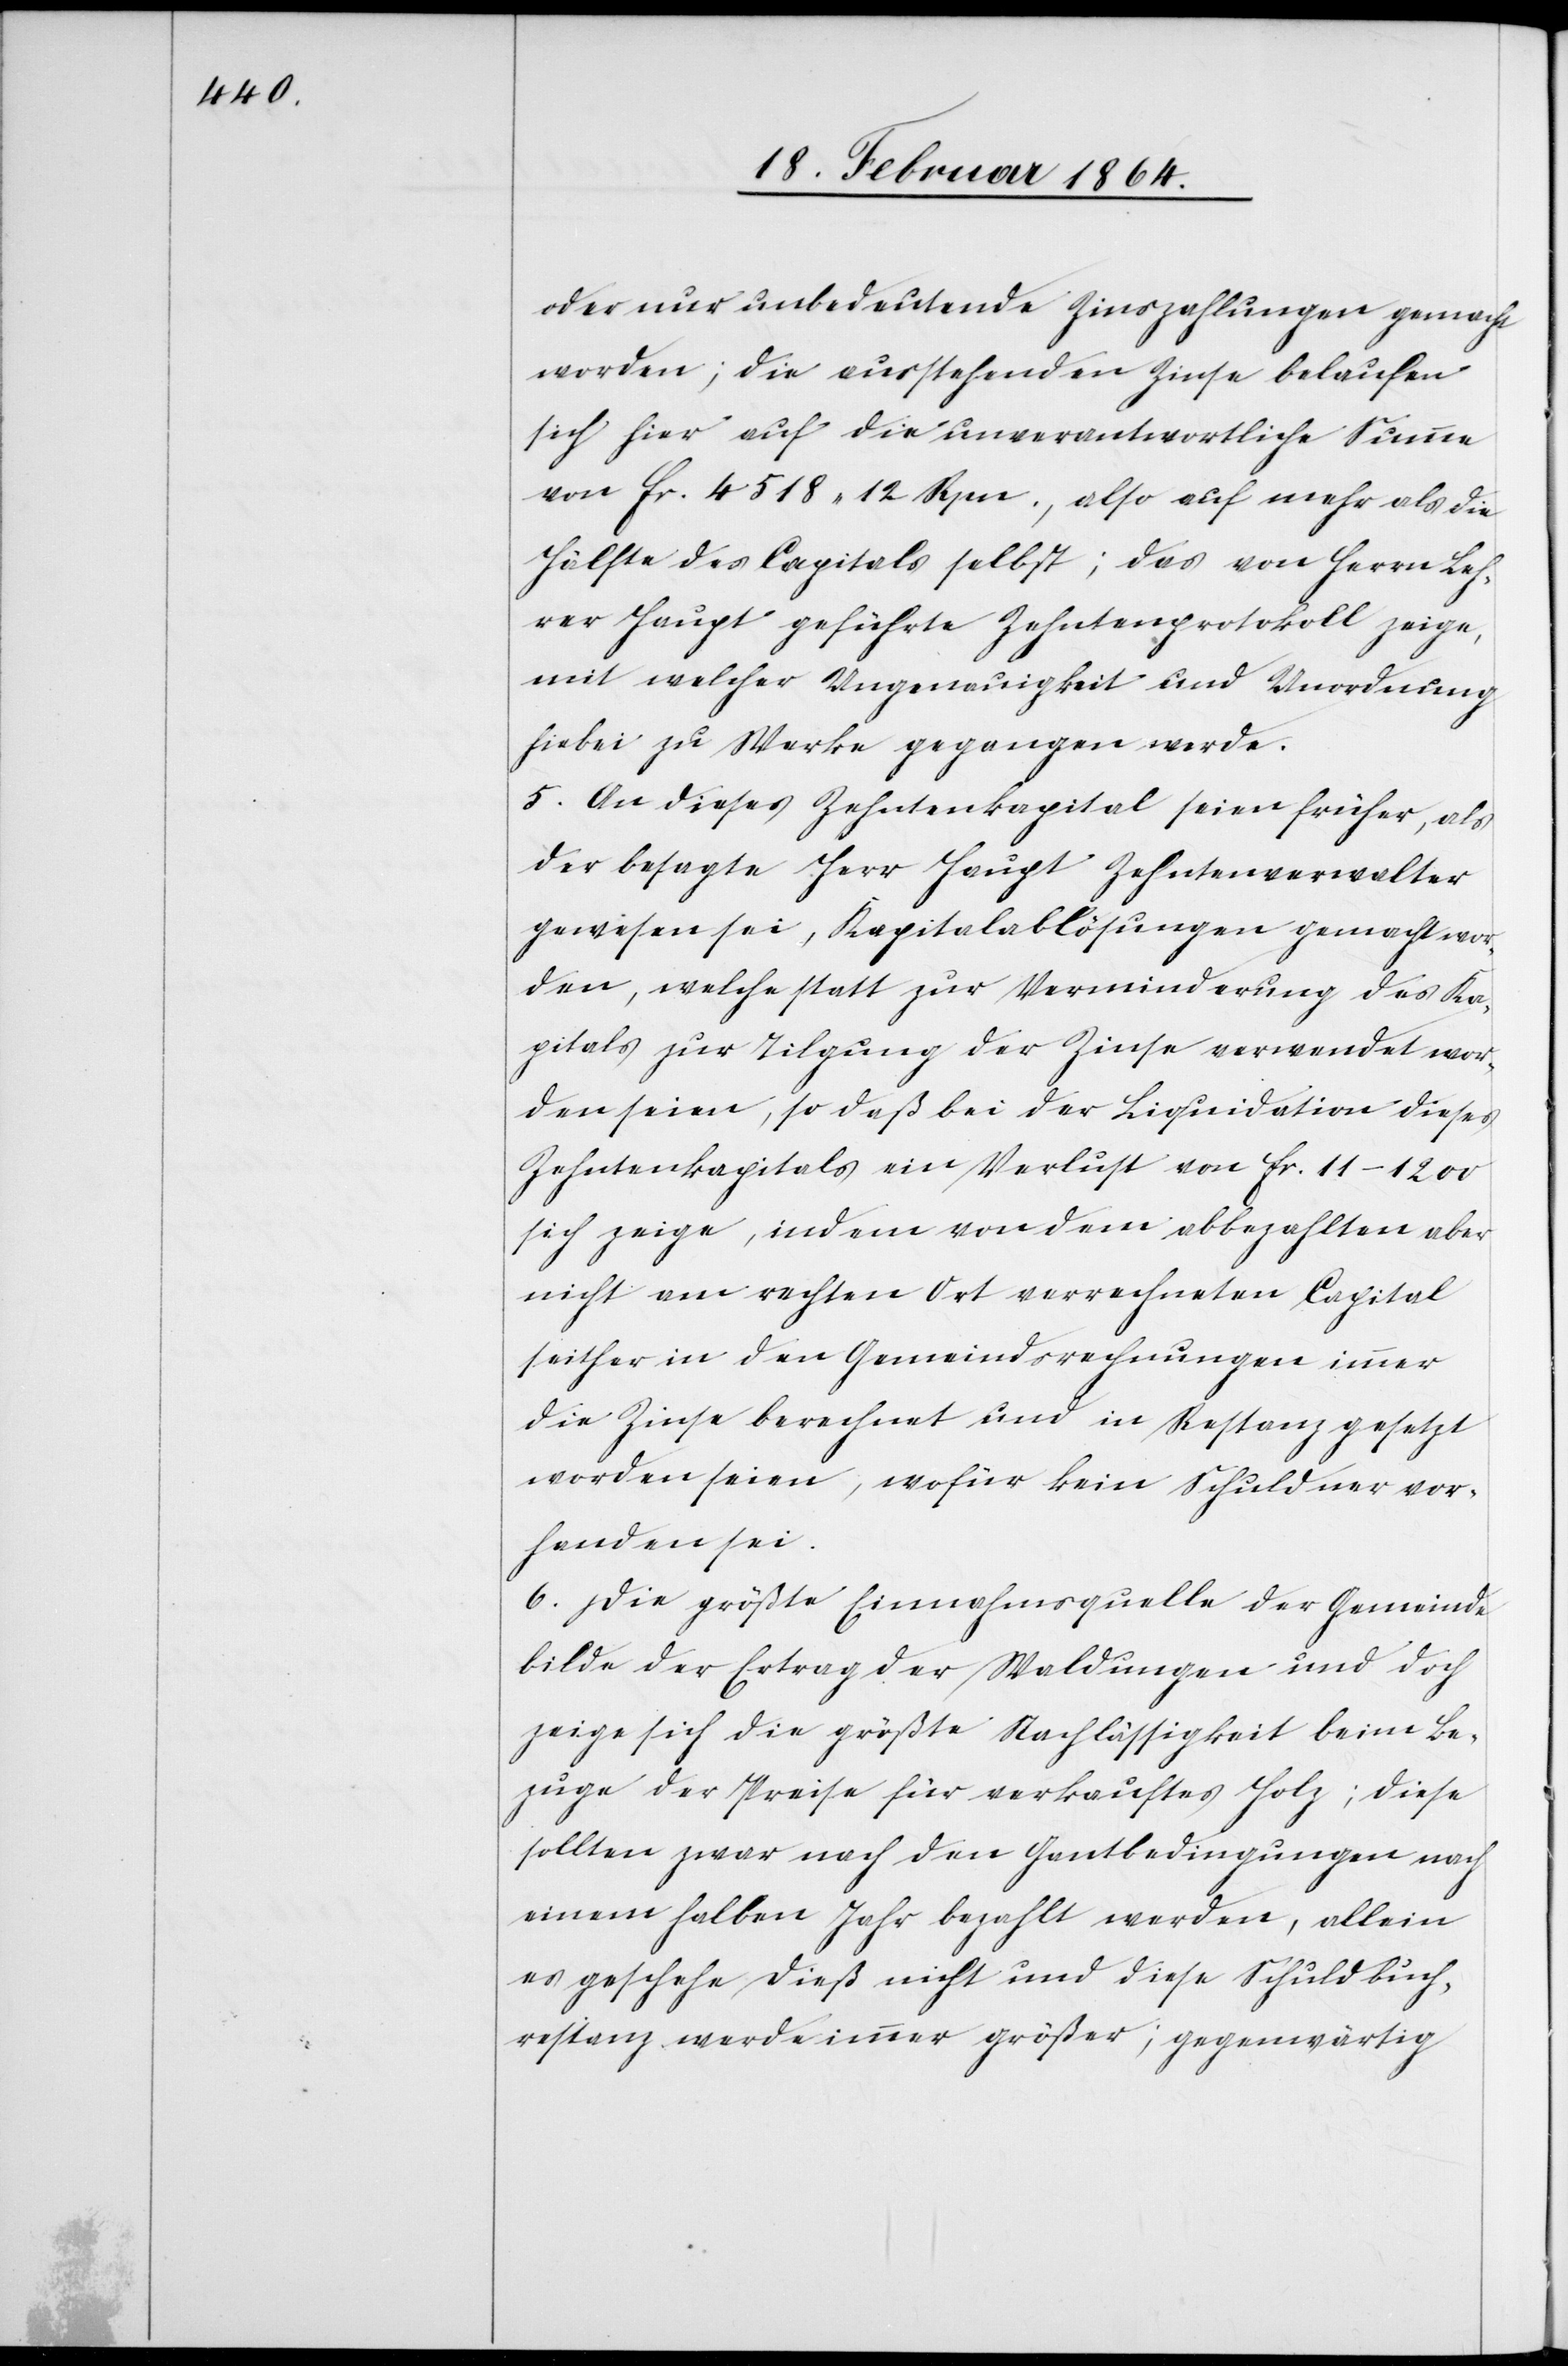
oder nur unbedeutende Zinszahlungen gemacht
worden; die ausstehenden Zinse belaufen
sich hier auf die unverantwortliche Summe
von fr. 4518 12 Rpn., also auf mehr als die
Hälfte des Capitals selbst; das von Herrn Leh¬
rer Haupt geführte Zehntenprotokoll zeige,
mit welcher Ungenauigkeit und Unordnung
hiebei zu Werke gegangen werde.
5. An dieses Zehntenkapital seien früher, als
der besagte Herr Haupt Zehntenverwalter
gewesen sei, Kapitalablösungen gemacht wor¬
den, welche statt zur Verminderung des Ka¬
pitals zur Tilgung der Zinse verwendet wor¬
den seien, so daß bei der Liquidation dieses
Zehntenkapitals ein Verlust von fr. 11–1200
sich zeige, indem von dem abbezahlten aber
nicht am rechten Ort verrechneten Capital
seither in den Gemeindsrechnungen immer
die Zinse berechnet und in Restanz gesetzt
worden seien, wofür kein Schuldner vor¬
handen sei.
6. Die größte Einnahmsquelle der Gemeinde
bilde der Ertrag der Waldungen und doch
zeige sich die größte Nachlässigkeit beim Be¬
zuge der Preise für verkauftes Holz; diese
sollten zwar nach den Gantbedingungen nach
einem halben Jahr bezahlt werden, allein
es geschehe dieß nicht und diese Schuldbuch¬
restanz werde immer größer; gegenwärtig